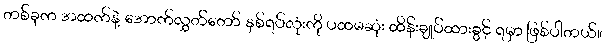
တစ်ခုက အထက်နဲ့ အောက်လွှတ်တော် နှစ်ရပ်လုံးကို ပထမဆုံး ထိန်းချုပ်ထားခွင့် ရမှာ ဖြစ်ပါတယ်။